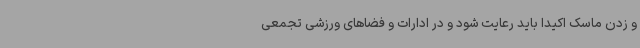
و زدن ماسک اکیداً باید رعایت شود و در ادارات و فضاهای ورزشی تجمعی